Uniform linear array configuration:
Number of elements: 16
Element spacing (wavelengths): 0.75
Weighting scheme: exponential
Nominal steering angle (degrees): -15
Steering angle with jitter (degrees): -13.612
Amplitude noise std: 0.05
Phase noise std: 0.05

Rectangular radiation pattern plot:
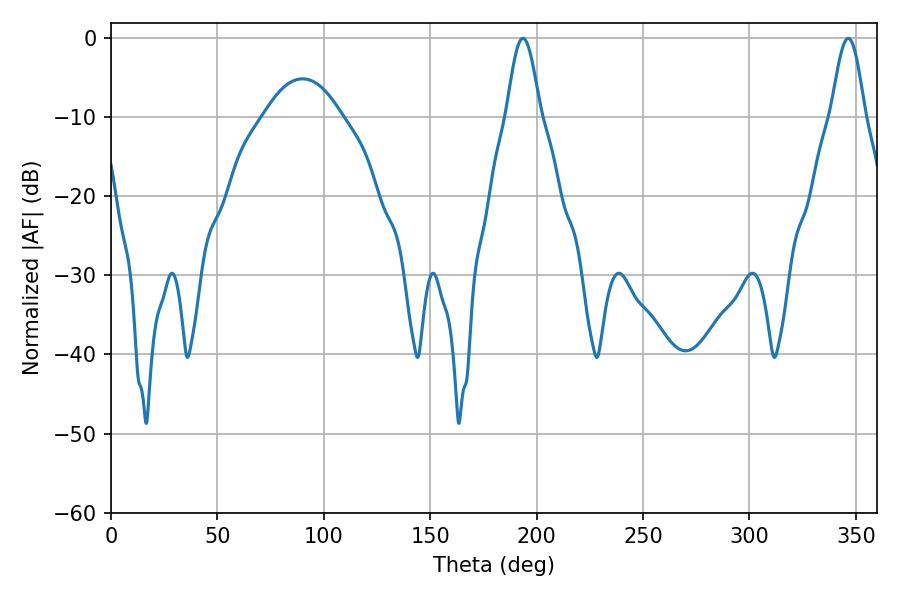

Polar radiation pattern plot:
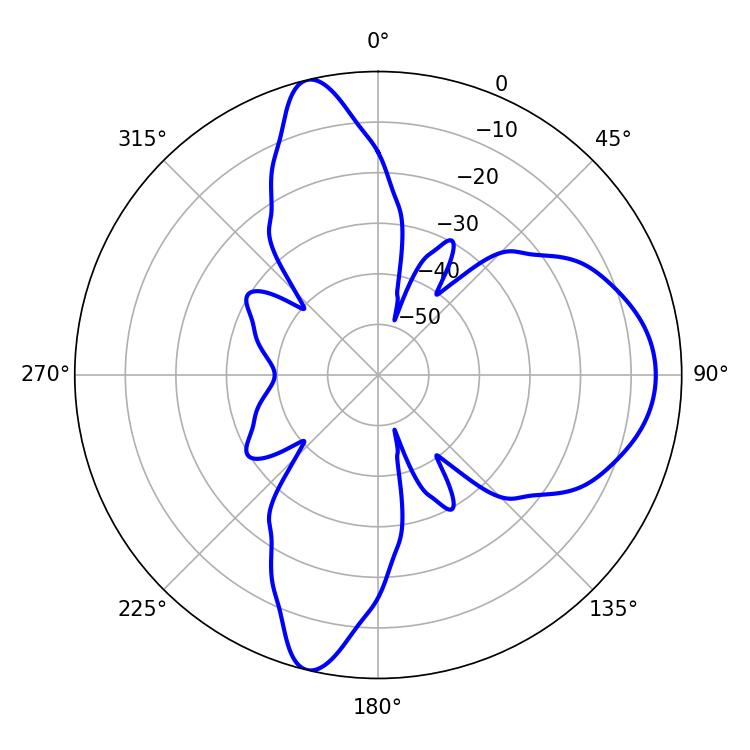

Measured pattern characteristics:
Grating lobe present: TRUE
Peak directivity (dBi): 13.477
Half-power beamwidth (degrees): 8.46
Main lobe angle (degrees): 193.5